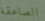
الصاعقة